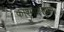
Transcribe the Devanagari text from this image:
काश्मीरसुषमा